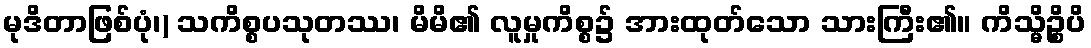
မုဒိတာဖြစ်ပုံ၊) သကိစ္စပသုတဿ၊ မိမိ၏ လူမှုကိစ္စ၌ အားထုတ်သော သားကြီး၏။ ကိသ္မိဉ္စိပိ